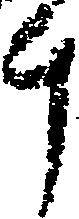
斗